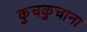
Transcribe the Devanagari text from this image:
कुचकुचाना